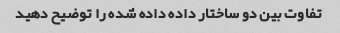
تفاوت بین دو ساختار داده داده شده را توضیح دهید